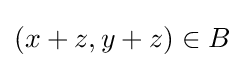
(x+z,y+z)\in B